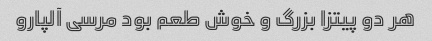
هر دو پیتزا بزرگ و خوش طعم بود مرسی آلپارو